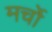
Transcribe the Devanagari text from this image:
मर्चो